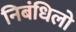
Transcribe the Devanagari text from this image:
निबंधिलो